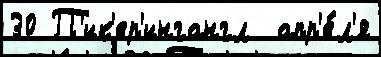
30 П'ик'ер'ингангл  апр'е́л'я